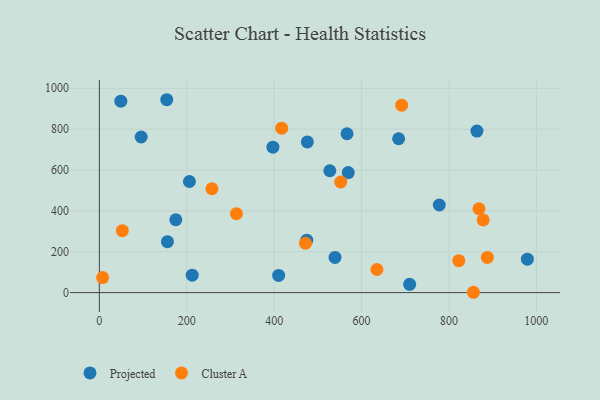
{"axis": {"x": "Price", "y": "Salary"}, "legend": ["Cluster A", "Projected"], "data": [{"x": "154.2", "y": 944.0, "type": "Projected"}, {"x": "864.1", "y": 790.4, "type": "Projected"}, {"x": "539.3", "y": 172.4, "type": "Projected"}, {"x": "777.9", "y": 428.8, "type": "Projected"}, {"x": "206.1", "y": 543.8, "type": "Projected"}, {"x": "410.3", "y": 84.0, "type": "Projected"}, {"x": "569.6", "y": 587.3, "type": "Projected"}, {"x": "527.4", "y": 596.4, "type": "Projected"}, {"x": "566.8", "y": 777.4, "type": "Projected"}, {"x": "155.8", "y": 249.3, "type": "Projected"}, {"x": "476.0", "y": 737.6, "type": "Projected"}, {"x": "710.1", "y": 40.5, "type": "Projected"}, {"x": "979.5", "y": 163.4, "type": "Projected"}, {"x": "212.5", "y": 85.1, "type": "Projected"}, {"x": "397.2", "y": 712.0, "type": "Projected"}, {"x": "49.2", "y": 936.9, "type": "Projected"}, {"x": "474.7", "y": 256.5, "type": "Projected"}, {"x": "95.7", "y": 761.5, "type": "Projected"}, {"x": "175.0", "y": 356.5, "type": "Projected"}, {"x": "684.9", "y": 752.9, "type": "Projected"}, {"x": "417.3", "y": 804.9, "type": "Cluster A"}, {"x": "856.0", "y": 1.6, "type": "Cluster A"}, {"x": "635.2", "y": 113.1, "type": "Cluster A"}, {"x": "257.7", "y": 508.4, "type": "Cluster A"}, {"x": "822.6", "y": 156.1, "type": "Cluster A"}, {"x": "7.5", "y": 73.4, "type": "Cluster A"}, {"x": "868.7", "y": 410.5, "type": "Cluster A"}, {"x": "878.3", "y": 355.7, "type": "Cluster A"}, {"x": "691.8", "y": 917.3, "type": "Cluster A"}, {"x": "52.6", "y": 303.0, "type": "Cluster A"}, {"x": "887.9", "y": 172.3, "type": "Cluster A"}, {"x": "471.7", "y": 241.5, "type": "Cluster A"}, {"x": "552.4", "y": 541.3, "type": "Cluster A"}, {"x": "313.7", "y": 386.4, "type": "Cluster A"}]}